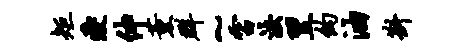
矩爱仲薰群~雷法翌约油斟